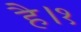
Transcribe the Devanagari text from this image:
है।१